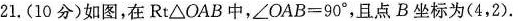
21.(10分)如图，在Rt△OAB中，$$∠OAB=90°$$，且点B坐标为(4，2).